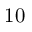
1 0